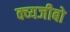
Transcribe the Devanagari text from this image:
क्व्यजीबो